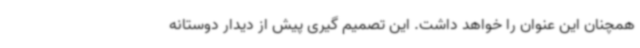
همچنان این عنوان را خواهد داشت. این تصمیم گیری پیش از دیدار دوستانه